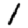
Digit: 1